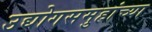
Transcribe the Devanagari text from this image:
उद्योगसमुहांच्या